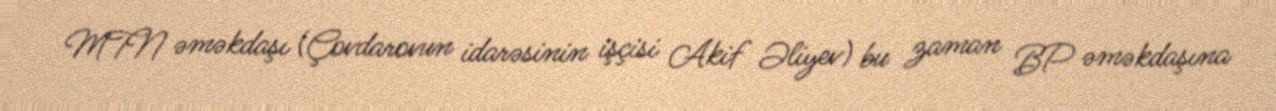
MTN əməkdaşı (Çovdarovun idarəsinin işçisi Akif Əliyev) bu zaman BP əməkdaşına